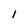
Character: l